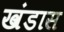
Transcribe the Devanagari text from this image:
खंडास